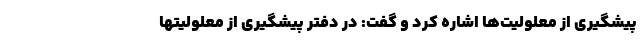
پیشگیری از معلولیت‌ها اشاره کرد و گفت: در دفتر پیشگیری از معلولیتها